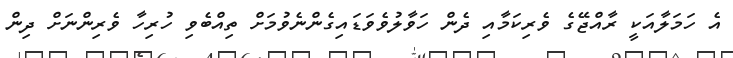
އެ ހަމަލާއަކީ ރާއްޖޭގެ ވެރިކަމާއި ދެން ހަވާލުވެވަޑައިގެންނެވުމަށް ތިއްބެވި ހުރިހާ ވެރިންނަށް ދިން